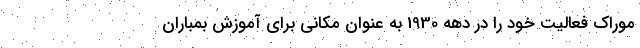
موراک فعالیت خود را در دهه 1930 به عنوان مکانی برای آموزش بمباران